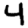
Digit: 4